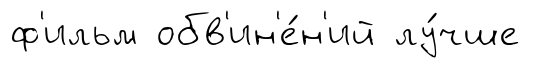
ф'ильм обв'ин'е́н'ий лу́чше